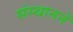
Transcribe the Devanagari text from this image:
संस्थाननें